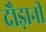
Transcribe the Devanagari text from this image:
दौड़ानी